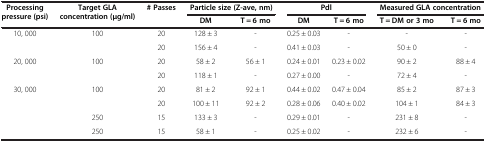
<table><thead><tr><td rowspan="2"><b>Processing pressure (psi)</b></td><td rowspan="2"><b>Target GLA concentration (μg/ml)</b></td><td rowspan="2"><b># Passes</b></td><td colspan="2"><b>Particle size (Z-ave, nm)</b></td><td colspan="2"><b>Pdl</b></td><td colspan="2"><b>Measured GLA concentration</b></td></tr><tr><td><b>DM</b></td><td><b>T = 6 mo</b></td><td><b>DM</b></td><td><b>T = 6 mo</b></td><td><b>T = DM or 3 mo</b></td><td><b>T = 6 mo</b></td></tr></thead><tbody><tr><td rowspan="2">10, 000</td><td rowspan="2">100</td><td>20</td><td>128 ± 3</td><td>-</td><td>0.25 ± 0.03</td><td>-</td><td>-</td><td>-</td></tr><tr><td>20</td><td>156 ± 4</td><td>-</td><td>0.41 ± 0.03</td><td>-</td><td>50 ± 0</td><td>-</td></tr><tr><td rowspan="2">20, 000</td><td rowspan="2">100</td><td>20</td><td>58 ± 2</td><td>56 ± 1</td><td>0.24 ± 0.01</td><td>0.23 ± 0.02</td><td>90 ± 2</td><td>88 ± 4</td></tr><tr><td>20</td><td>118 ± 1</td><td>-</td><td>0.27 ± 0.00</td><td>-</td><td>72 ± 4</td><td>-</td></tr><tr><td rowspan="3">30, 000</td><td rowspan="2">100</td><td>20</td><td>81 ± 2</td><td>92 ± 1</td><td>0.44 ± 0.02</td><td>0.47 ± 0.04</td><td>85 ± 2</td><td>87 ± 3</td></tr><tr><td>20</td><td>100 ± 11</td><td>92 ± 2</td><td>0.28 ± 0.06</td><td>0.40 ± 0.02</td><td>104 ± 1</td><td>84 ± 3</td></tr><tr><td>250</td><td>15</td><td>133 ± 3</td><td>-</td><td>0.29 ± 0.01</td><td>-</td><td>231 ± 8</td><td>-</td></tr><tr><td> </td><td>250</td><td>15</td><td>58 ± 1</td><td>-</td><td>0.25 ± 0.02</td><td>-</td><td>232 ± 6</td><td>-</td></tr></tbody></table>